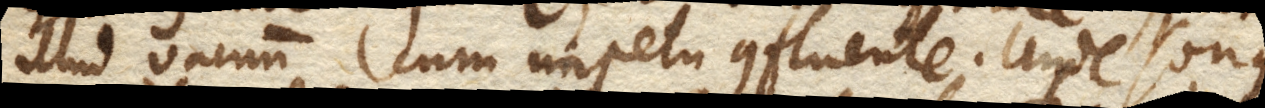
illud vacuum cum impetu confluente. Unde sonus